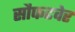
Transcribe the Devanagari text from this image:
सौफटवेर